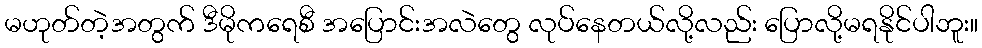
မဟုတ်တဲ့အတွက် ဒီမိုကရေစီ အပြောင်းအလဲတွေ လုပ်နေတယ်လို့လည်း ပြောလို့မရနိုင်ပါဘူး။